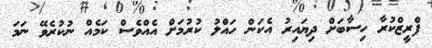
ފްރީޒްކުރާ ހިސާބަށް ދިޔައިރު އެކަން ހައްލު ކުރުމަށް އެއްވެސް ކަމެއް ނުކުރެވޭ ނަމަ